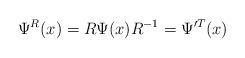
LaTeX: \begin{align*}\Psi^R(x)=R \Psi(x) R^{-1}=\Psi'^{T}(x)\end{align*}